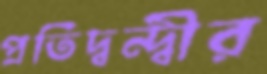
প্রতিদ্বন্দ্বীর